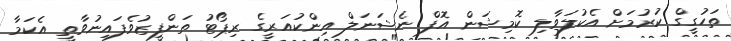
ތަހުގީގް ކުރުމަށް އެކުލަވާލި ކޮމިޝަން އޮފް ނެޝަނަލް އިންކުއަރީގެ ރިޕޯޓު ތަންފީޒުވެފައިނުވާތީ އެކަމާ